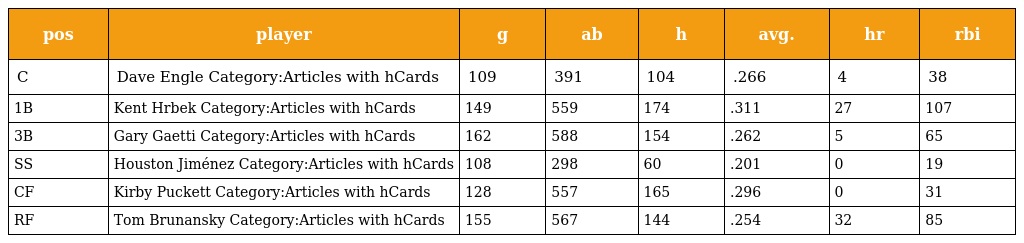
| pos | player | g | ab | h | avg. | hr | rbi |
 | --- | --- | --- | --- | --- | --- | --- | --- |
 | C | Dave Engle Category:Articles with hCards | 109 | 391 | 104 | .266 | 4 | 38 |
 | 1B | Kent Hrbek Category:Articles with hCards | 149 | 559 | 174 | .311 | 27 | 107 |
 | 3B | Gary Gaetti Category:Articles with hCards | 162 | 588 | 154 | .262 | 5 | 65 |
 | SS | Houston Jiménez Category:Articles with hCards | 108 | 298 | 60 | .201 | 0 | 19 |
 | CF | Kirby Puckett Category:Articles with hCards | 128 | 557 | 165 | .296 | 0 | 31 |
 | RF | Tom Brunansky Category:Articles with hCards | 155 | 567 | 144 | .254 | 32 | 85 |